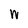
Character: W